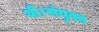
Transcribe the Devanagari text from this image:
थी।संयुक्त